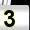
Digit: 3